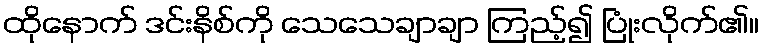
ထိုနောက် ဒင်းနိစ်ကို သေသေချာချာ ကြည့်၍ ပြုံးလိုက်၏။